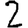
Digit: 2